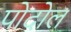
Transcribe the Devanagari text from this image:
पोदोल